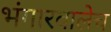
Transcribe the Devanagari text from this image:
भंगारवालेच